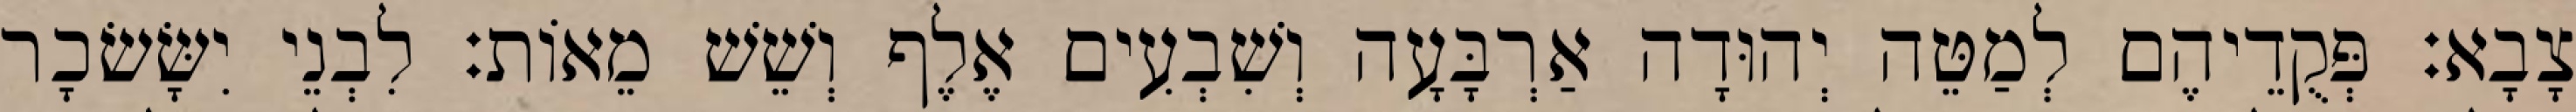
צָבָא׃ פְּקֻדֵיהֶם לְמַטֵּה יְהוּדָה אַרְבָּעָה וְשִׁבְעִים אֶלֶף וְשֵׁשׁ מֵאוֹת׃ לִבְנֵי יִשָּׂשׂכָר